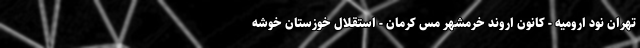
تهران نود ارومیه - کانون اروند خرمشهر مس کرمان - استقلال خوزستان خوشه